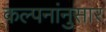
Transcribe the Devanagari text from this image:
कल्पनांनुसार